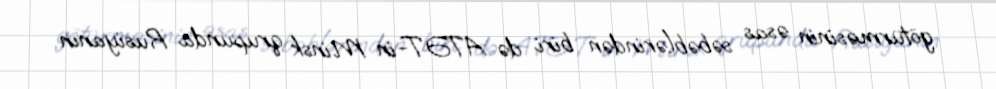
götürməsinin əsas səbəblərindən biri də ATƏT-in Minsk qrupunda Rusiyanın